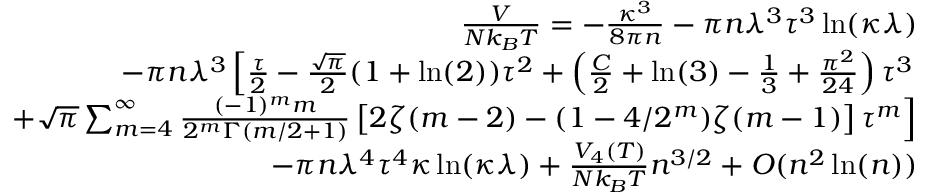
\begin{array} { r l r } & { } & { \frac { V } { N k _ { B } T } = - \frac { \kappa ^ { 3 } } { 8 \pi n } - \pi n \lambda ^ { 3 } \tau ^ { 3 } \ln ( \kappa \lambda ) } \\ & { } & { - \pi n \lambda ^ { 3 } \left[ \frac { \tau } { 2 } - \frac { \sqrt { \pi } } { 2 } ( 1 + \ln ( 2 ) ) \tau ^ { 2 } + \left( \frac { C } { 2 } + \ln ( 3 ) - \frac { 1 } { 3 } + \frac { \pi ^ { 2 } } { 2 4 } \right) \tau ^ { 3 } \right. } \\ & { } & { \left. + \sqrt { \pi } \sum _ { m = 4 } ^ { \infty } \frac { ( - 1 ) ^ { m } m } { 2 ^ { m } \Gamma ( m / 2 + 1 ) } \left[ 2 \zeta ( m - 2 ) - ( 1 - 4 / 2 ^ { m } ) \zeta ( m - 1 ) \right] \tau ^ { m } \right] } \\ & { } & { - \pi n \lambda ^ { 4 } \tau ^ { 4 } \kappa \ln ( \kappa \lambda ) + \frac { V _ { 4 } ( T ) } { N k _ { B } T } n ^ { 3 / 2 } + { \cal O } ( n ^ { 2 } \ln ( n ) ) } \end{array}